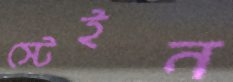
স্টেইন